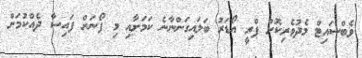
ވެބްސައިޓް މެދުވެރިކޮށް ޕްރީ އޯޑަރު ބަލައިގަންނާނެ ކަމަށާއި މި ފޯނަށް ފައިސާ ދެއްކުމަށް